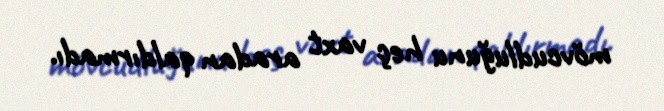
mövcudluğunu heç vaxt aradan qaldırmadı.